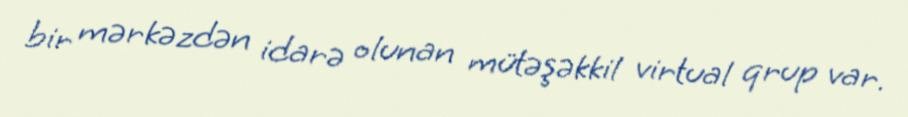
bir mərkəzdən idarə olunan mütəşəkkil virtual qrup var.